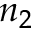
n _ { 2 }